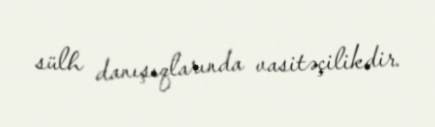
sülh danışıqlarında vasitəçilikdir.